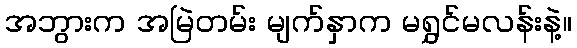
အဘွားက အမြဲတမ်း မျက်နှာက မရွှင်မလန်းနဲ့။